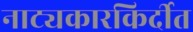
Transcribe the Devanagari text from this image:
नाट्यकारकिर्दीत